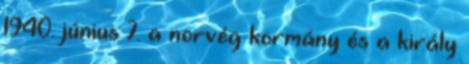
1940. június 7. a norvég kormány és a király